Etiology and epidemiology of plague
Disease focus: Plague
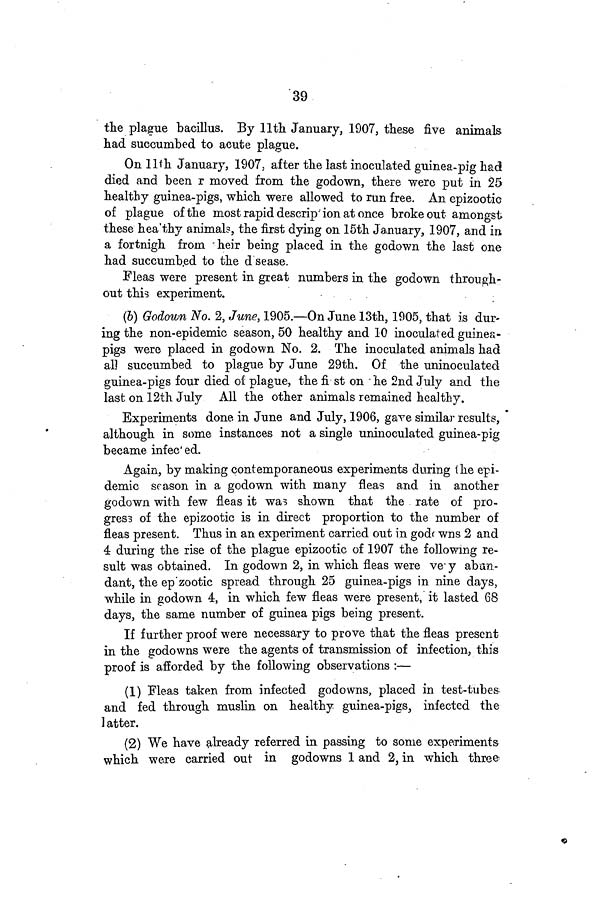
39
the plague bacillus. By 11th January, 1907, these five animals
had succumbed to acute plague.
On 11th January, 1907, after the last inoculated guinea-pig had
died and been r moved from the godown, there were put in 25
healthy guinea-pigs, which were allowed to run free. An epizootic
of plague of the most rapid description at once broke out amongst
these heathy animals, the first dying on 15th January, 1907, and in
a fortnigh from heir being placed in the godown the last one
had succumbed to the d sease.
Fleas were present in great numbers in the godown through-
out this experiment.
(6) Godown No. 2, June, 1905.—On June 13th, 1905, that is dur-
ing the non-epidemic season, 50 healthy and 10 inoculated guinea-
pigs were placed in godown No. 2. The inoculated animals had
all succumbed to plague by June 29th. Of the uninoculated
guinea-pigs four died of plague, the first on he 2nd July and the
last on 12th July All the other animals remained healthy.
Experiments done in June and July, 1906, gave similar results,
although in some instances not a single uninoculated guinea-pig
became infected.
Again, by making contemporaneous experiments during the epi-
demic season in a godown with many fleas and in another
godown with few fleas it was shown that the rate of pro-
gress of the epizootic is in direct proportion to the number of
fleas present. Thus in an experiment carried out in godowns 2 and
4 during the rise of the plague epizootic of 1907 the following re-
sult was obtained. In godown 2, in which fleas were very aban-
dant, the ep zootic spread through 25 guinea-pigs in nine days,
while in godown 4, in which few fleas were present, it lasted 68
days, the same number of guinea pigs being present.
If further proof were necessary to prove that the fleas present
in the godowns were the agents of transmission of infection, this
proof is afforded by the following observations :—
(1) Fleas taken from infected godowns, placed in test-tubes
and fed through muslin on healthy guinea-pigs, infected the
latter.
(2) We have already referred in passing to some experiments
which were carried out in godowns 1 and 2, in which three-